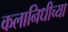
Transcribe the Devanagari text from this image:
कलानिधीच्या